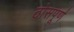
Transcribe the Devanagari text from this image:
ठोसपूर्ण